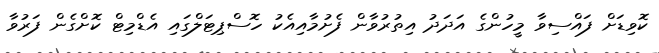
ކޮވިޑަށް ފައްސިވާ މީހުންގެ އަދަދު އިތުރުވާން ފެށުމާއިއެކު ހޮސްޕިޓަލްގައި އެޑްމިޓް ކޮށްގެން ފަރުވާ